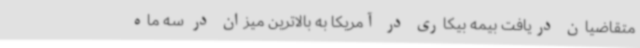
متقاضیان دریافت بیمه بیکاری در آمریکا به بالاترین میزان در سه ماه